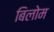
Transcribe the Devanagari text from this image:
बिलोम